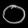
Digit: ၀